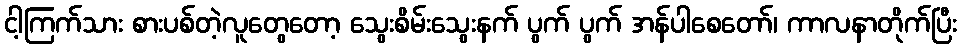
ငါ့ကြက်သား စားပစ်တဲ့လူတွေတော့ သွေးစိမ်းသွေးနက် ပွက် ပွက် အန်ပါစေတော်၊ ကာလနာတိုက်ပြီး